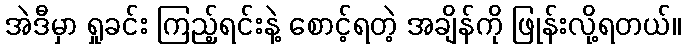
အဲဒီမှာ ရှုခင်း ကြည့်ရင်းနဲ့ စောင့်ရတဲ့ အချိန်ကို ဖြုန်းလို့ရတယ်။